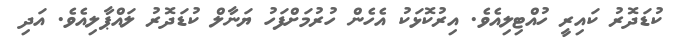
ކުޑަދޮރު ކައިރީ ހުއްޓިލިއެވެ. އިރުކޮޅަކު އެހެން ހުރުމަށްފަހު ޔަނާލް ކުޑަދޮރު ލައްޕާލިއެވެ. އަދި